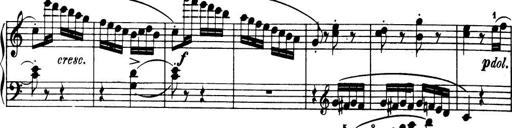
Title: 32 Sonatinas and Rondos for the Piano
Composer: Richard Kleinmichel